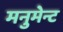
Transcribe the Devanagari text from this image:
मनुमेन्ट